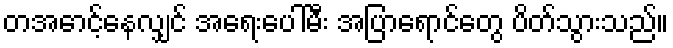
တအောင့်နေလျှင် အရေးပေါ်မီး အပြာရောင်တွေ ပိတ်သွားသည်။